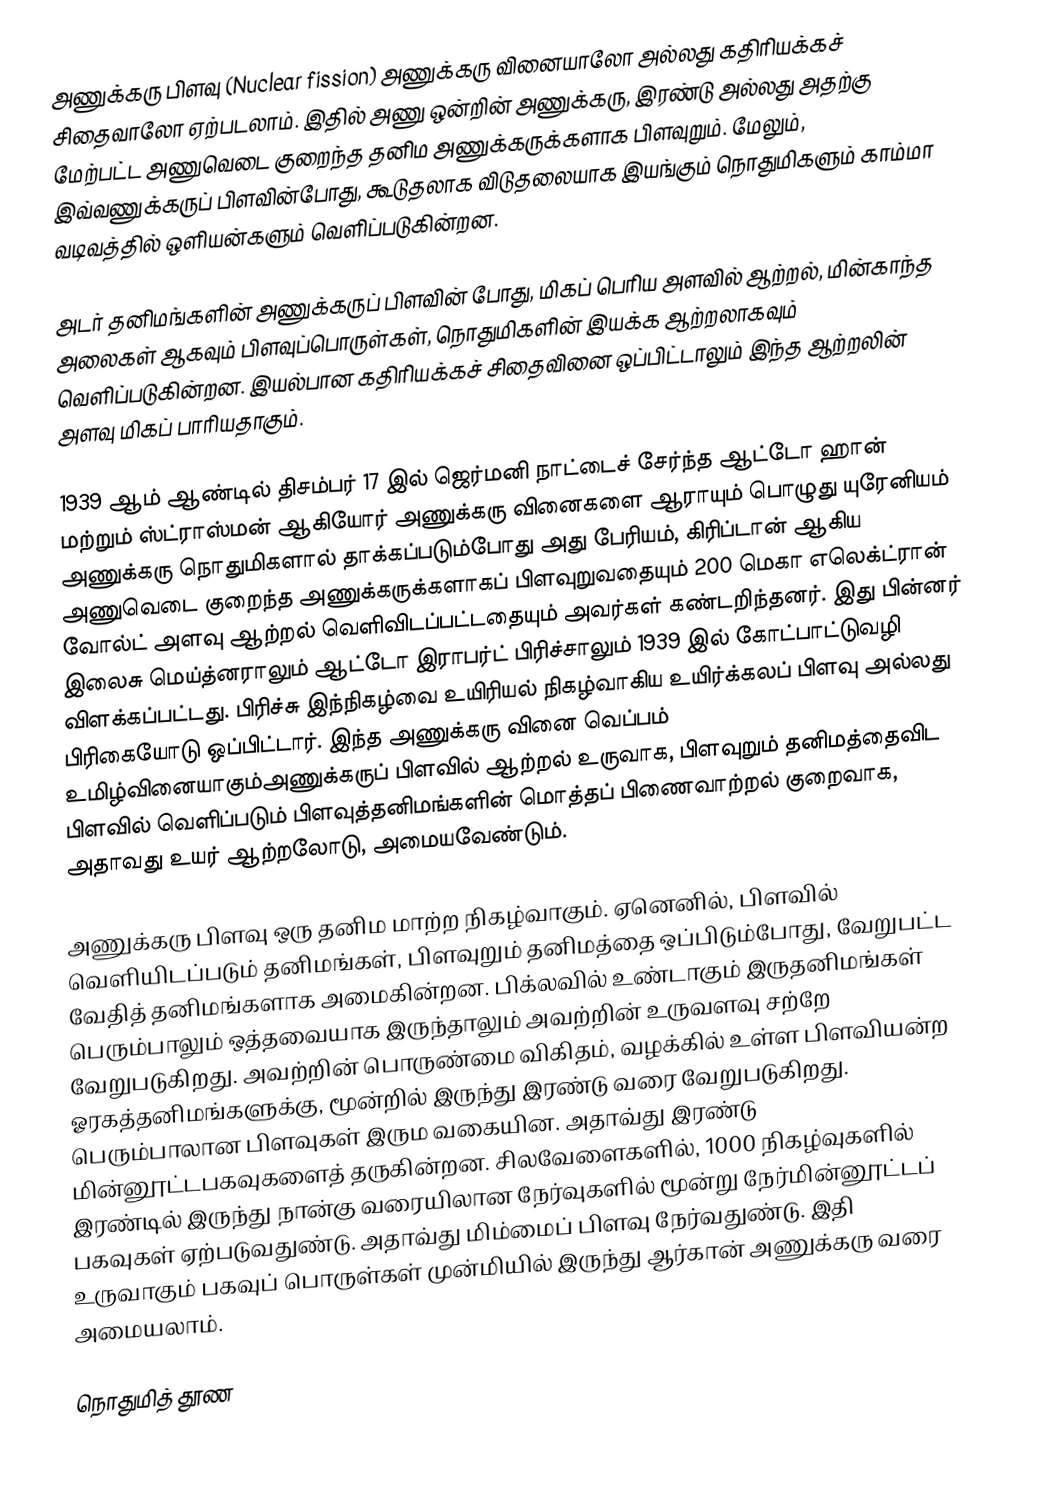
அணுக்கரு பிளவு (Nuclear fission) அணுக்கரு வினையாலோ அல்லது கதிரியக்கச் சிதைவாலோ ஏற்படலாம். இதில் அணு ஒன்றின் அணுக்கரு, இரண்டு அல்லது அதற்கு மேற்பட்ட அணுவெடை குறைந்த தனிம அணுக்கருக்களாக பிளவுறும். மேலும்,  இவ்வணுக்கருப் பிளவின்போது, கூடுதலாக விடுதலையாக இயங்கும் நொதுமிகளும் காம்மா வடிவத்தில் ஒளியன்களும்  வெளிப்படுகின்றன.

அடர் தனிமங்களின் அணுக்கருப் பிளவின் போது, மிகப் பெரிய அளவில் ஆற்றல், மின்காந்த அலைகள் ஆகவும்  பிளவுப்பொருள்கள், நொதுமிகளின் இயக்க ஆற்றலாகவும் வெளிப்படுகின்றன. இயல்பான கதிரியக்கச் சிதைவினை ஒப்பிட்டாலும் இந்த ஆற்றலின் அளவு மிகப் பாரியதாகும்.

1939 ஆம் ஆண்டில் திசம்பர் 17 இல் ஜெர்மனி நாட்டைச் சேர்ந்த ஆட்டோ ஹான் மற்றும் ஸ்ட்ராஸ்மன் ஆகியோர் அணுக்கரு வினைகளை ஆராயும் பொழுது யுரேனியம்  அணுக்கரு நொதுமிகளால் தாக்கப்படும்போது அது பேரியம், கிரிப்டான் ஆகிய அணுவெடை குறைந்த அணுக்கருக்களாகப் பிளவுறுவதையும் 200 மெகா எலெக்ட்ரான் வோல்ட்  அளவு ஆற்றல் வெளிவிடப்பட்டதையும் அவர்கள் கண்டறிந்தனர். இது பின்னர் இலைசு மெய்த்னராலும் ஆட்டோ இராபர்ட் பிரிச்சாலும் 1939 இல்  கோட்பாட்டுவழி விளக்கப்பட்டது. பிரிச்சு இந்நிகழ்வை உயிரியல் நிகழ்வாகிய உயிர்க்கலப் பிளவு அல்லது பிரிகையோடு ஒப்பிட்டார். இந்த அணுக்கரு வினை வெப்பம் உமிழ்வினையாகும்அணுக்கருப் பிளவில் ஆற்றல் உருவாக, பிளவுறும் தனிமத்தைவிட பிளவில் வெளிப்படும் பிளவுத்தனிமங்களின் மொத்தப் பிணைவாற்றல் குறைவாக, அதாவது உயர் ஆற்றலோடு, அமையவேண்டும்.

அணுக்கரு பிளவு ஒரு தனிம மாற்ற நிகழ்வாகும். ஏனெனில், பிளவில் வெளியிடப்படும் தனிமங்கள், பிளவுறும் தனிமத்தை ஒப்பிடும்போது, வேறுபட்ட வேதித் தனிமங்களாக அமைகின்றன. பிக்லவில் உண்டாகும் இருதனிமங்கள் பெரும்பாலும் ஒத்தவையாக இருந்தாலும் அவற்றின் உருவளவு சற்றே வேறுபடுகிறது. அவற்றின் பொருண்மை விகிதம், வழக்கில் உள்ள பிளவியன்ற ஓரகத்தனிமங்களுக்கு, மூன்றில் இருந்து இரண்டு வரை வேறுபடுகிறது. பெரும்பாலான பிளவுகள் இரும வகையின. அதாவ்து இரண்டு மின்னூட்டபகவுகளைத் தருகின்றன. சிலவேளைகளில், 1000 நிகழ்வுகளில் இரண்டில் இருந்து நான்கு வரையிலான நேர்வுகளில் மூன்று நேர்மின்னூட்டப் பகவுகள் ஏற்படுவதுண்டு. அதாவ்து மிம்மைப் பிளவு நேர்வதுண்டு. இதி உருவாகும் பகவுப் பொருள்கள் முன்மியில் இருந்து ஆர்கான் அணுக்கரு வரை அமையலாம்.

நொதுமித் தூண